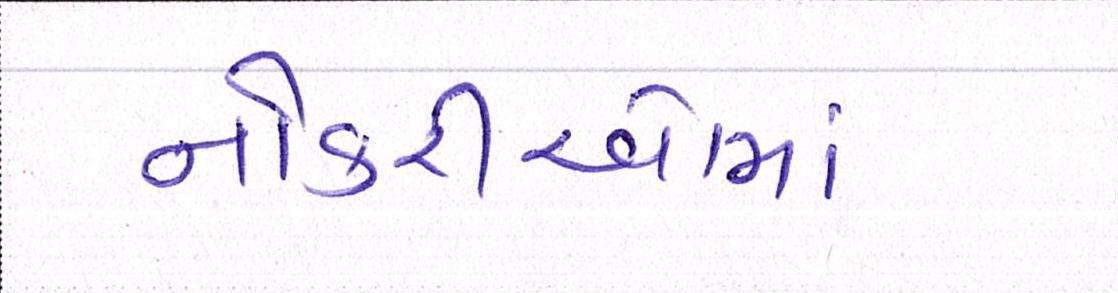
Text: નોકરીઓમાં